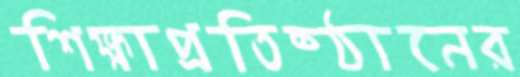
শিক্ষাপ্রতিষ্ঠানের